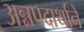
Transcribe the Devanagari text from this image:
अन्नपदार्थाने